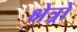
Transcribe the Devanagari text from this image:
क्षेत्र्रों